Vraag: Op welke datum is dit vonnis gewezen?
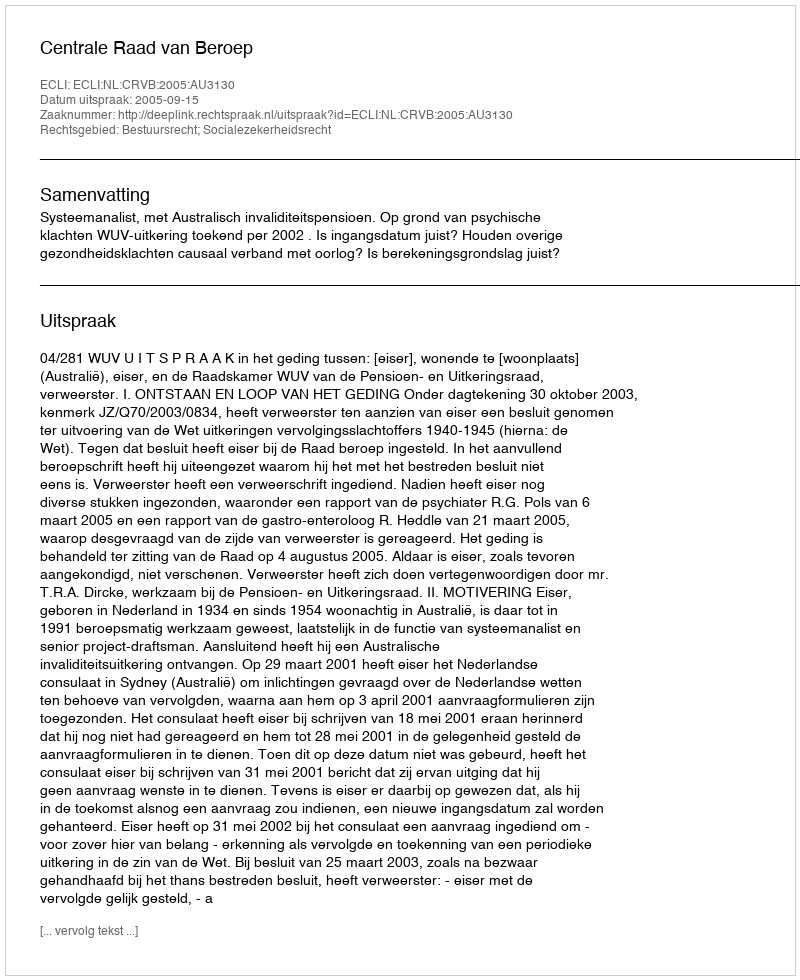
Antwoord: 2005-09-15